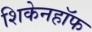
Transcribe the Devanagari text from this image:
शिकेनहॉफ